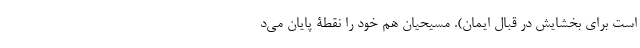
است برای بخشایش در قبال ایمان). مسیحیان هم خود را نقطۀ پایان می‌د